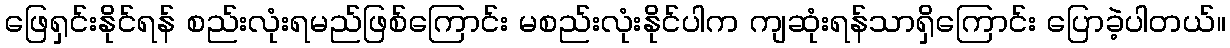
ဖြေရှင်းနိုင်ရန် စည်းလုံးရမည်ဖြစ်ကြောင်း မစည်းလုံးနိုင်ပါက ကျဆုံးရန်သာရှိကြောင်း ပြောခဲ့ပါတယ်။